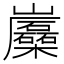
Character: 𡿛